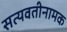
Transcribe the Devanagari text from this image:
सत्यवतीनामक